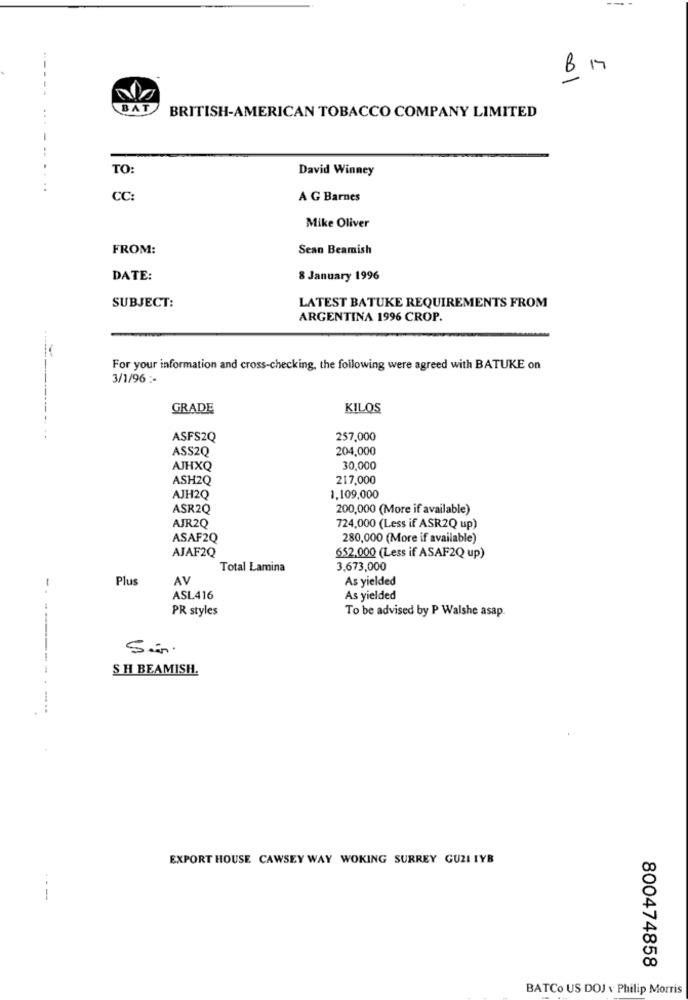
B17
BAT
BRITISH-AMERICAN TOBACCO COMPANY LIMITED
-
TO:
David Winney
CC:
A G Barnes
Mike Oliver
FROM:
Sean Beamish
DATE:
8 January 1996
SUBJECT:
LATEST BATUKE REQUIREMENTS FROM
ARGENTINA 1996 CROP.
For your information and cross-checking, the following were agreed with BATUKE on
3/1/96 :-
GRADE
KILOS
ASFS2Q
257.000
ASS2Q
204,000
AJHXQ
30,000
ASH2Q
217,000
AJH2Q
1,109,000
ASR2Q
200,000 (More if available)
AJR2Q
724,000 (Less if ASR2Q up)
ASAF2Q
280,000 (More if available)
AJAF2Q
652.000 (Less if ASAF2Q up)
Total Lamina
3.673,000
Plus
AV
As yielded
ASL416
As yielded
PR styles
To be advised by P Walshe asap.
Sein.
--------
S H BEAMISH.
EXPORT HOUSE CAWSEY WAY WOKING SURREY GUZI IYB
---
800474858
BATCo US DOJ v Philip Morris